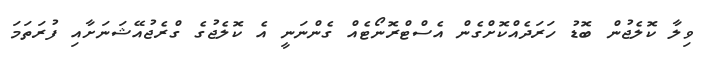
ވިލާ ކޮލެޖުން ބޮޑު ހަރަދެއްކޮށްގެން އެސްޓްރޮނޯޓެއް ގެންނަނީ އެ ކޮލެޖުގެ ގްރެޖުއޭޝަނަށާއި ފުރަތަމަ